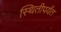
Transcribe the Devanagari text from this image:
स्थितीपर्यंत